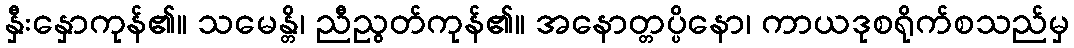
နှီးနှောကုန်၏။ သမေန္တိ၊ ညီညွတ်ကုန်၏။ အနောတ္တပ္ပိနော၊ ကာယဒုစရိုက်စသည်မှ